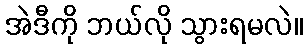
အဲဒီကို ဘယ်လို သွားရမလဲ။